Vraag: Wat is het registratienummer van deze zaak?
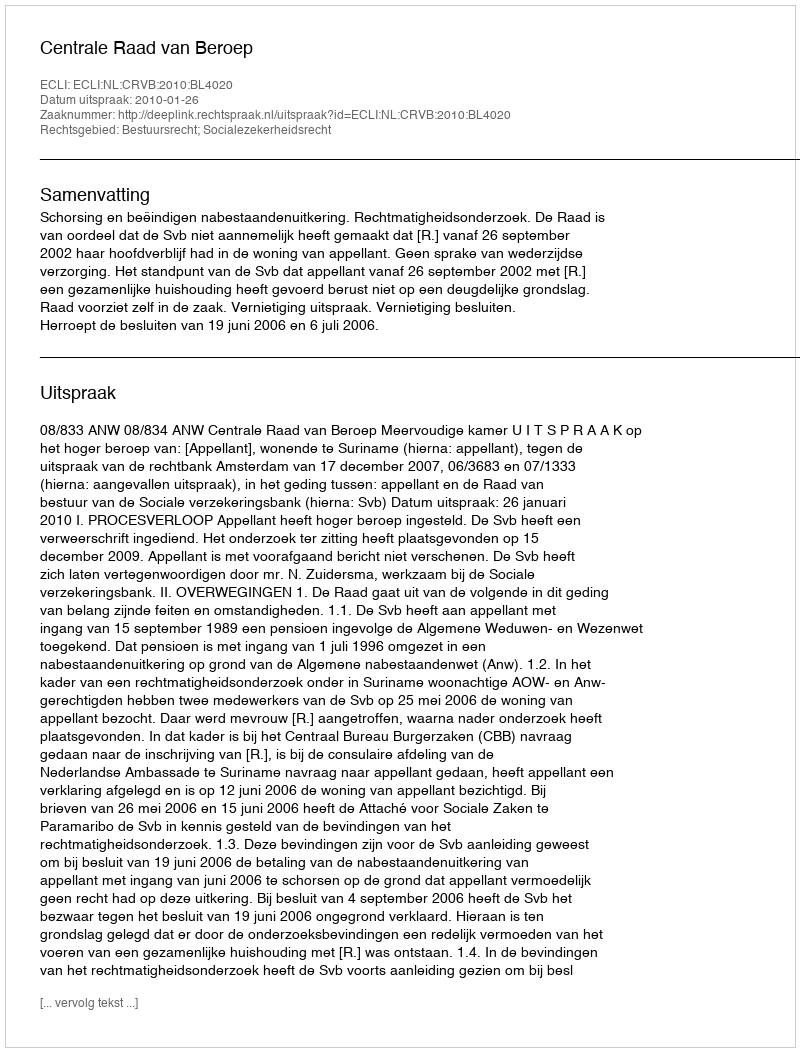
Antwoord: http://deeplink.rechtspraak.nl/uitspraak?id=ECLI:NL:CRVB:2010:BL4020